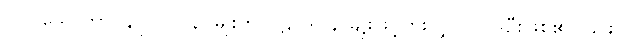
(၁) သောတာပန်ပုဂ္ဂိုလ် ၃-မျိုးကို ပဋိပဒါ ၄-မျိုးဖြင့်ပွားလျှင် ၁၂-ဦးဖြစ်၏။ ၎င်း